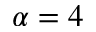
\alpha = 4